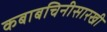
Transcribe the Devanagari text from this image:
कबाबचिनीसारखी